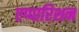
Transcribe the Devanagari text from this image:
एप्पारिशन